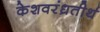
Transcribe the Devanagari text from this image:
केशवरंध्रतीर्थ